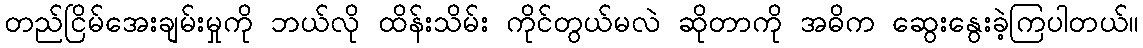
တည်ငြိမ်အေးချမ်းမှုကို ဘယ်လို ထိန်းသိမ်း ကိုင်တွယ်မလဲ ဆိုတာကို အဓိက ဆွေးနွေးခဲ့ကြပါတယ်။